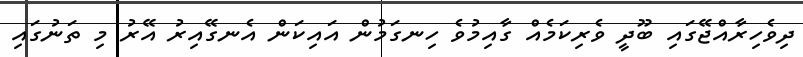
ދިވެހިރާއްޖޭގައި ބޫދީ ވެރިކަމެއް ގާއިމުވެ ހިނގަމުން އައިކަން އެނގޭއިރު އޭރު މި ތަނުގައި